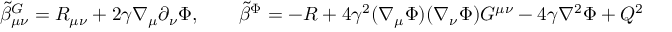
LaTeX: { \tilde { \beta } } _ { \mu \nu } ^ { G } = R _ { \mu \nu } + 2 \gamma \nabla _ { \mu } \partial _ { \nu } \Phi , \qquad { \tilde { \beta } } ^ { \Phi } = - R + 4 \gamma ^ { 2 } ( \nabla _ { \mu } \Phi ) ( \nabla _ { \nu } \Phi ) G ^ { \mu \nu } - 4 \gamma \nabla ^ { 2 } \Phi + Q ^ { 2 }